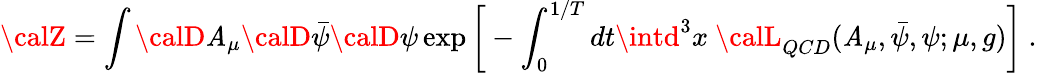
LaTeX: {\calZ}=\int{\calD}\mathit{A}_{\mu}{\calD}\bar{{\psi}}{\calD}\psi\exp\bigg[-\int_{0}^{1/T}dt\intd^{3}x~{\calL}_{QCD}(\mathit{A}_{\mu},\bar{{\psi}},\psi;\mu,g)\bigg]\ .